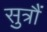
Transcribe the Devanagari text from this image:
सुत्रौं